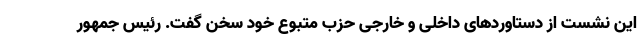
این نشست از دستاوردهای داخلی و خارجی حزب متبوع خود سخن گفت. رئیس جمهور